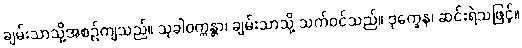
ချမ်းသာသို့အစဉ်ကျသည်။ သုခါဝက္ကန္တာ၊ ချမ်းသာသို့ သက်ဝင်သည်။ ဒုက္ခေန၊ ဆင်းရဲသဖြင့်။